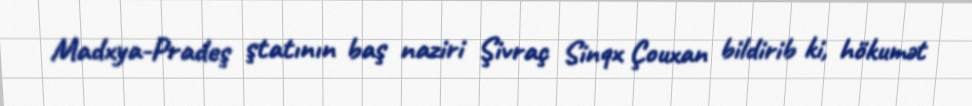
Madxya-Pradeş ştatının baş naziri Şivraç Sinqx Çouxan bildirib ki, hökumət